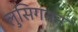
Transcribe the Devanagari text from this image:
लुसिगनन